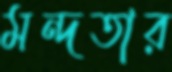
মন্দতার